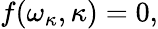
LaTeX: f(\omega_{\kappa},\kappa)=0,